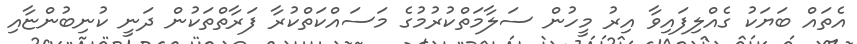
އެތައް ބަޔަކު ގެއްލިފައިވާ އިރު މީހުން ސަލާމަތްކުރުމުގެ މަސައްކަތްކުރާ ފަރާތްތަކުން ދަނީ ކުނިބުންޏާއި